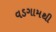
વડગામથી